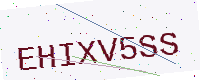
Text: EHIXV5SS